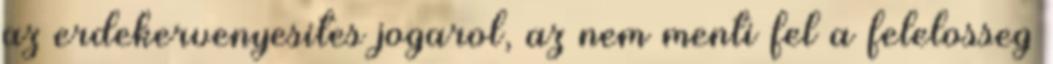
az erdekervenyesites jogarol, az nem menti fel a felelosseg